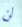
لن